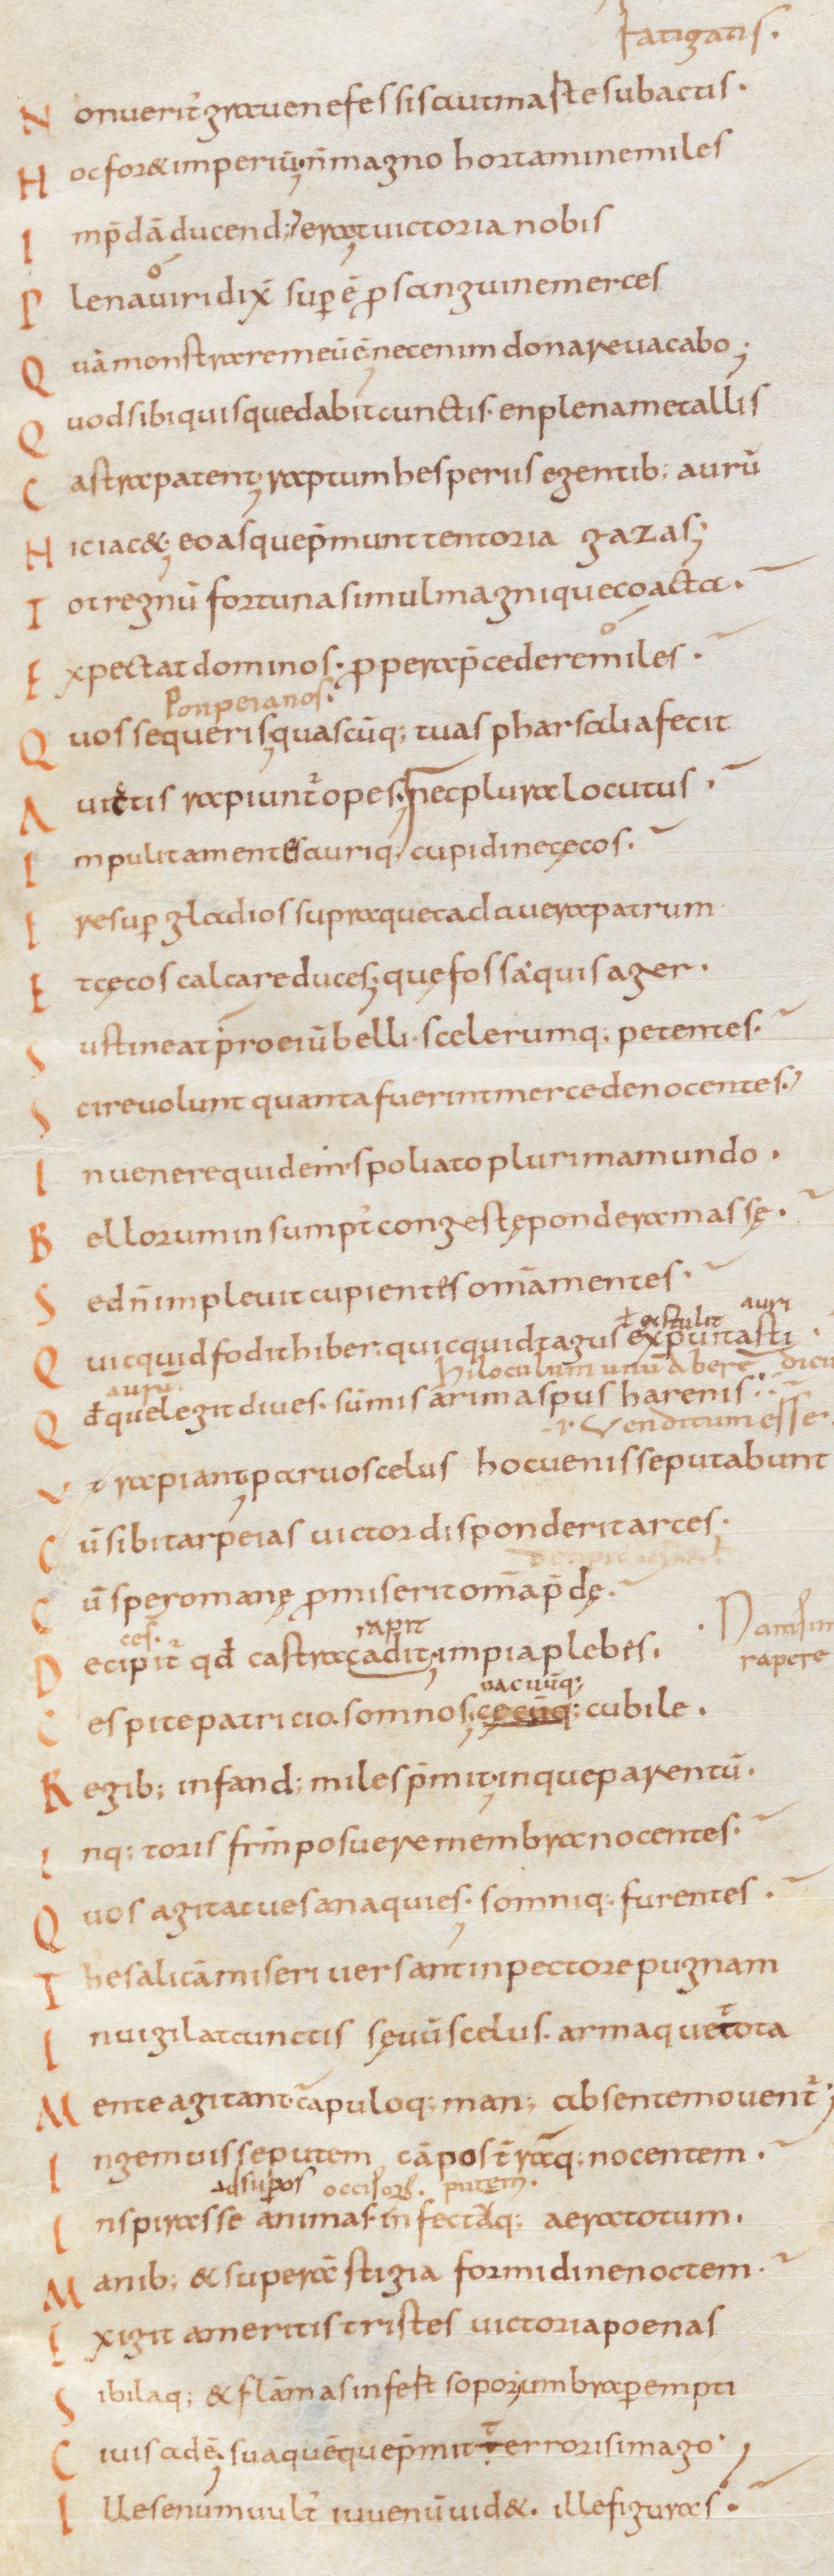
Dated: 834–1899